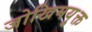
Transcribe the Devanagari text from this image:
जोखिमयु्क्त